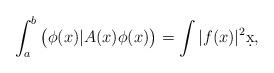
LaTeX: \begin{align*} \int_a^b\big(\phi(x)|A(x)\phi(x)\big)=\int|f(x)|^2\d x, \end{align*}